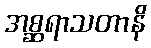
အစ္ဆရာသတာနိ